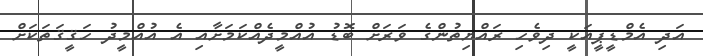
އަދި އެމްޑީޕީއަކީ ދިވެހި ރައްޔިތުންގެ ވަރަށް ބޮޑު އުއްމީދެއްކަމަށާއި އެ އުއްމީދު ހަޤީޤަތަކަށް